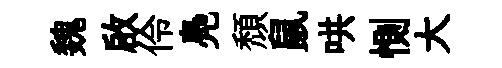
魏啟伶鳧頽鼠哄惻大